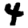
Digit: 4